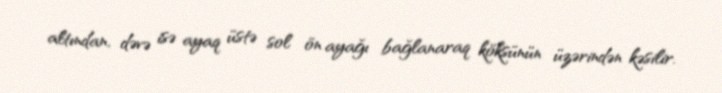
altından, dəvə isə ayaq üstə sol ön ayağı bağlanaraq köksünün üzərindən kəsilir.